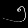
Digit: ၅